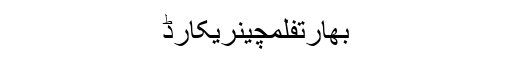
بھارتفلمچینریکارڈ